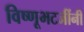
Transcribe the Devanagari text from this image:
विष्णूभटजींनी